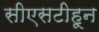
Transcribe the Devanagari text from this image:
सीएसटीहून